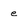
Character: e